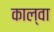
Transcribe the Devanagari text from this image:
काल्वा